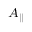
\scriptstyle A _ { \parallel }